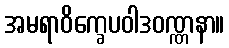
အမရာဝိက္ခေပဝါဒဝဏ္ဏနာ။